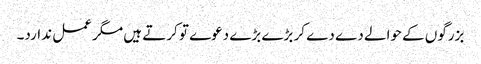
بزرگوں کے حوالے دے دے کر بڑے بڑے دعوے تو کرتے ہیں مگر عمل ندارد۔